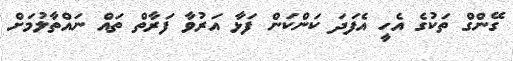
ގޭންގް ތަކުގެ އެހީ އެފަދަ ކަންކަން ފަޅާ އަރުވާ ފަރާތް ތައް ނައްތާލުމަށް